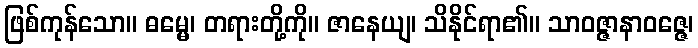
ဖြစ်ကုန်သော။ ဓမ္မေ၊ တရားတို့ကို။ ဇာနေယျ၊ သိနိုင်ရာ၏။ သာဝဇ္ဇာနာဝဇ္ဇေ၊